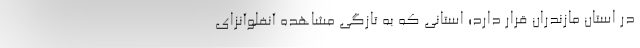
در استان مازندران قرار دارد؛ استانی که به تازگی مشاهده آنفلوآنزای